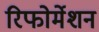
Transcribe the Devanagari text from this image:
रिफोर्मेशन